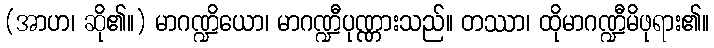
(အာဟ၊ ဆို၏။) မာဂဏ္ဍိယော၊ မာဂဏ္ဍီပုဏ္ဏားသည်။ တဿာ၊ ထိုမာဂဏ္ဍီမိဖုရား၏။